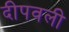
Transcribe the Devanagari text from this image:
दीपवली